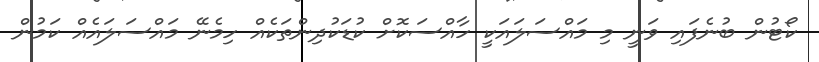
ކޯޓުން ބުނެފައި ވަނީ މި މައްސަލައަކީ ހާއްސަކޮށް ކުޑަކުދިންތަކެއް ހިމެނޭ މައްސަލައެއް ކަމުން